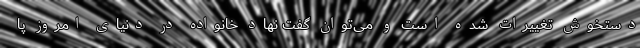
دستخوش تغییرات شده است و می‌توان گفت نهاد خانواده در دنیای امروز پا